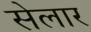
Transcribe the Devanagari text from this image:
सेलार